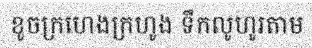
ខូចក្រហេងក្រហូង ទឹកលូហូរតាម